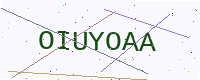
Text: OIUYOAA